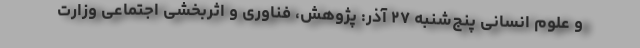
و علوم انسانی پنج‌شنبه ۲۷ آذر: پژوهش، فناوری و اثربخشی اجتماعی وزارت